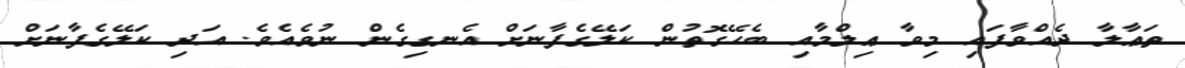
ތަޢާލާ ދެއްވާފައި މިވާ ޢިލްމާއި ބެހޭގޮތުން ކަލޭގެފާނަށް އެނގިގެން ނުވެއެވެ. އަދި ކަލޭގެފާނަށް